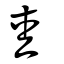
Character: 坴